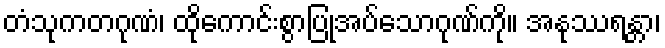
တံသုကတဂုဏံ၊ ထိုကောင်းစွာပြုအပ်သောဂုဏ်ကို။ အနုဿရန္တာ၊